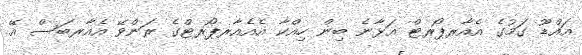
އައްޑޫ ގަމުގެ އެއާރޕޯރޓް އަޅާނެ ބިން ހިއްކާ އެއެއާރޕޯރޓްގެ ރަންވޭ އެއާރބަސް އޭ